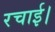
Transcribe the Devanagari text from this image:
रचाई।